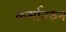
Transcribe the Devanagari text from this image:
कर्मावरुन